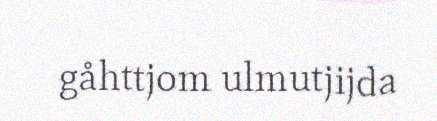
gåhttjom ulmutjijda